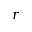
r